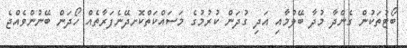
ބޯޓުތަކުން ގެންދާ މުދާ ބޭލުމާއި އަދި ގުދަން ކުރުމުގެ މަސައްކަތްކޮށދޭނެފަރާތެއް ހޯދަން ބޭނުންވެއްޖެ